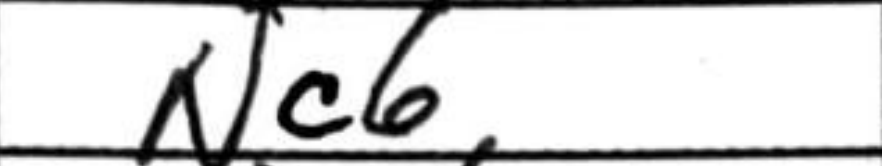
Transcription: Nc6